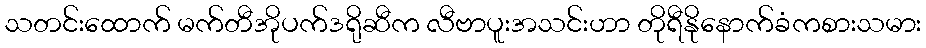
သတင်းထောက် မက်တီအိုပက်ဒရိုဆီက လီဗာပူးအသင်းဟာ တိုရီနိုနောက်ခံကစားသမား